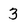
Character: 3